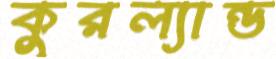
কুরল্যান্ড